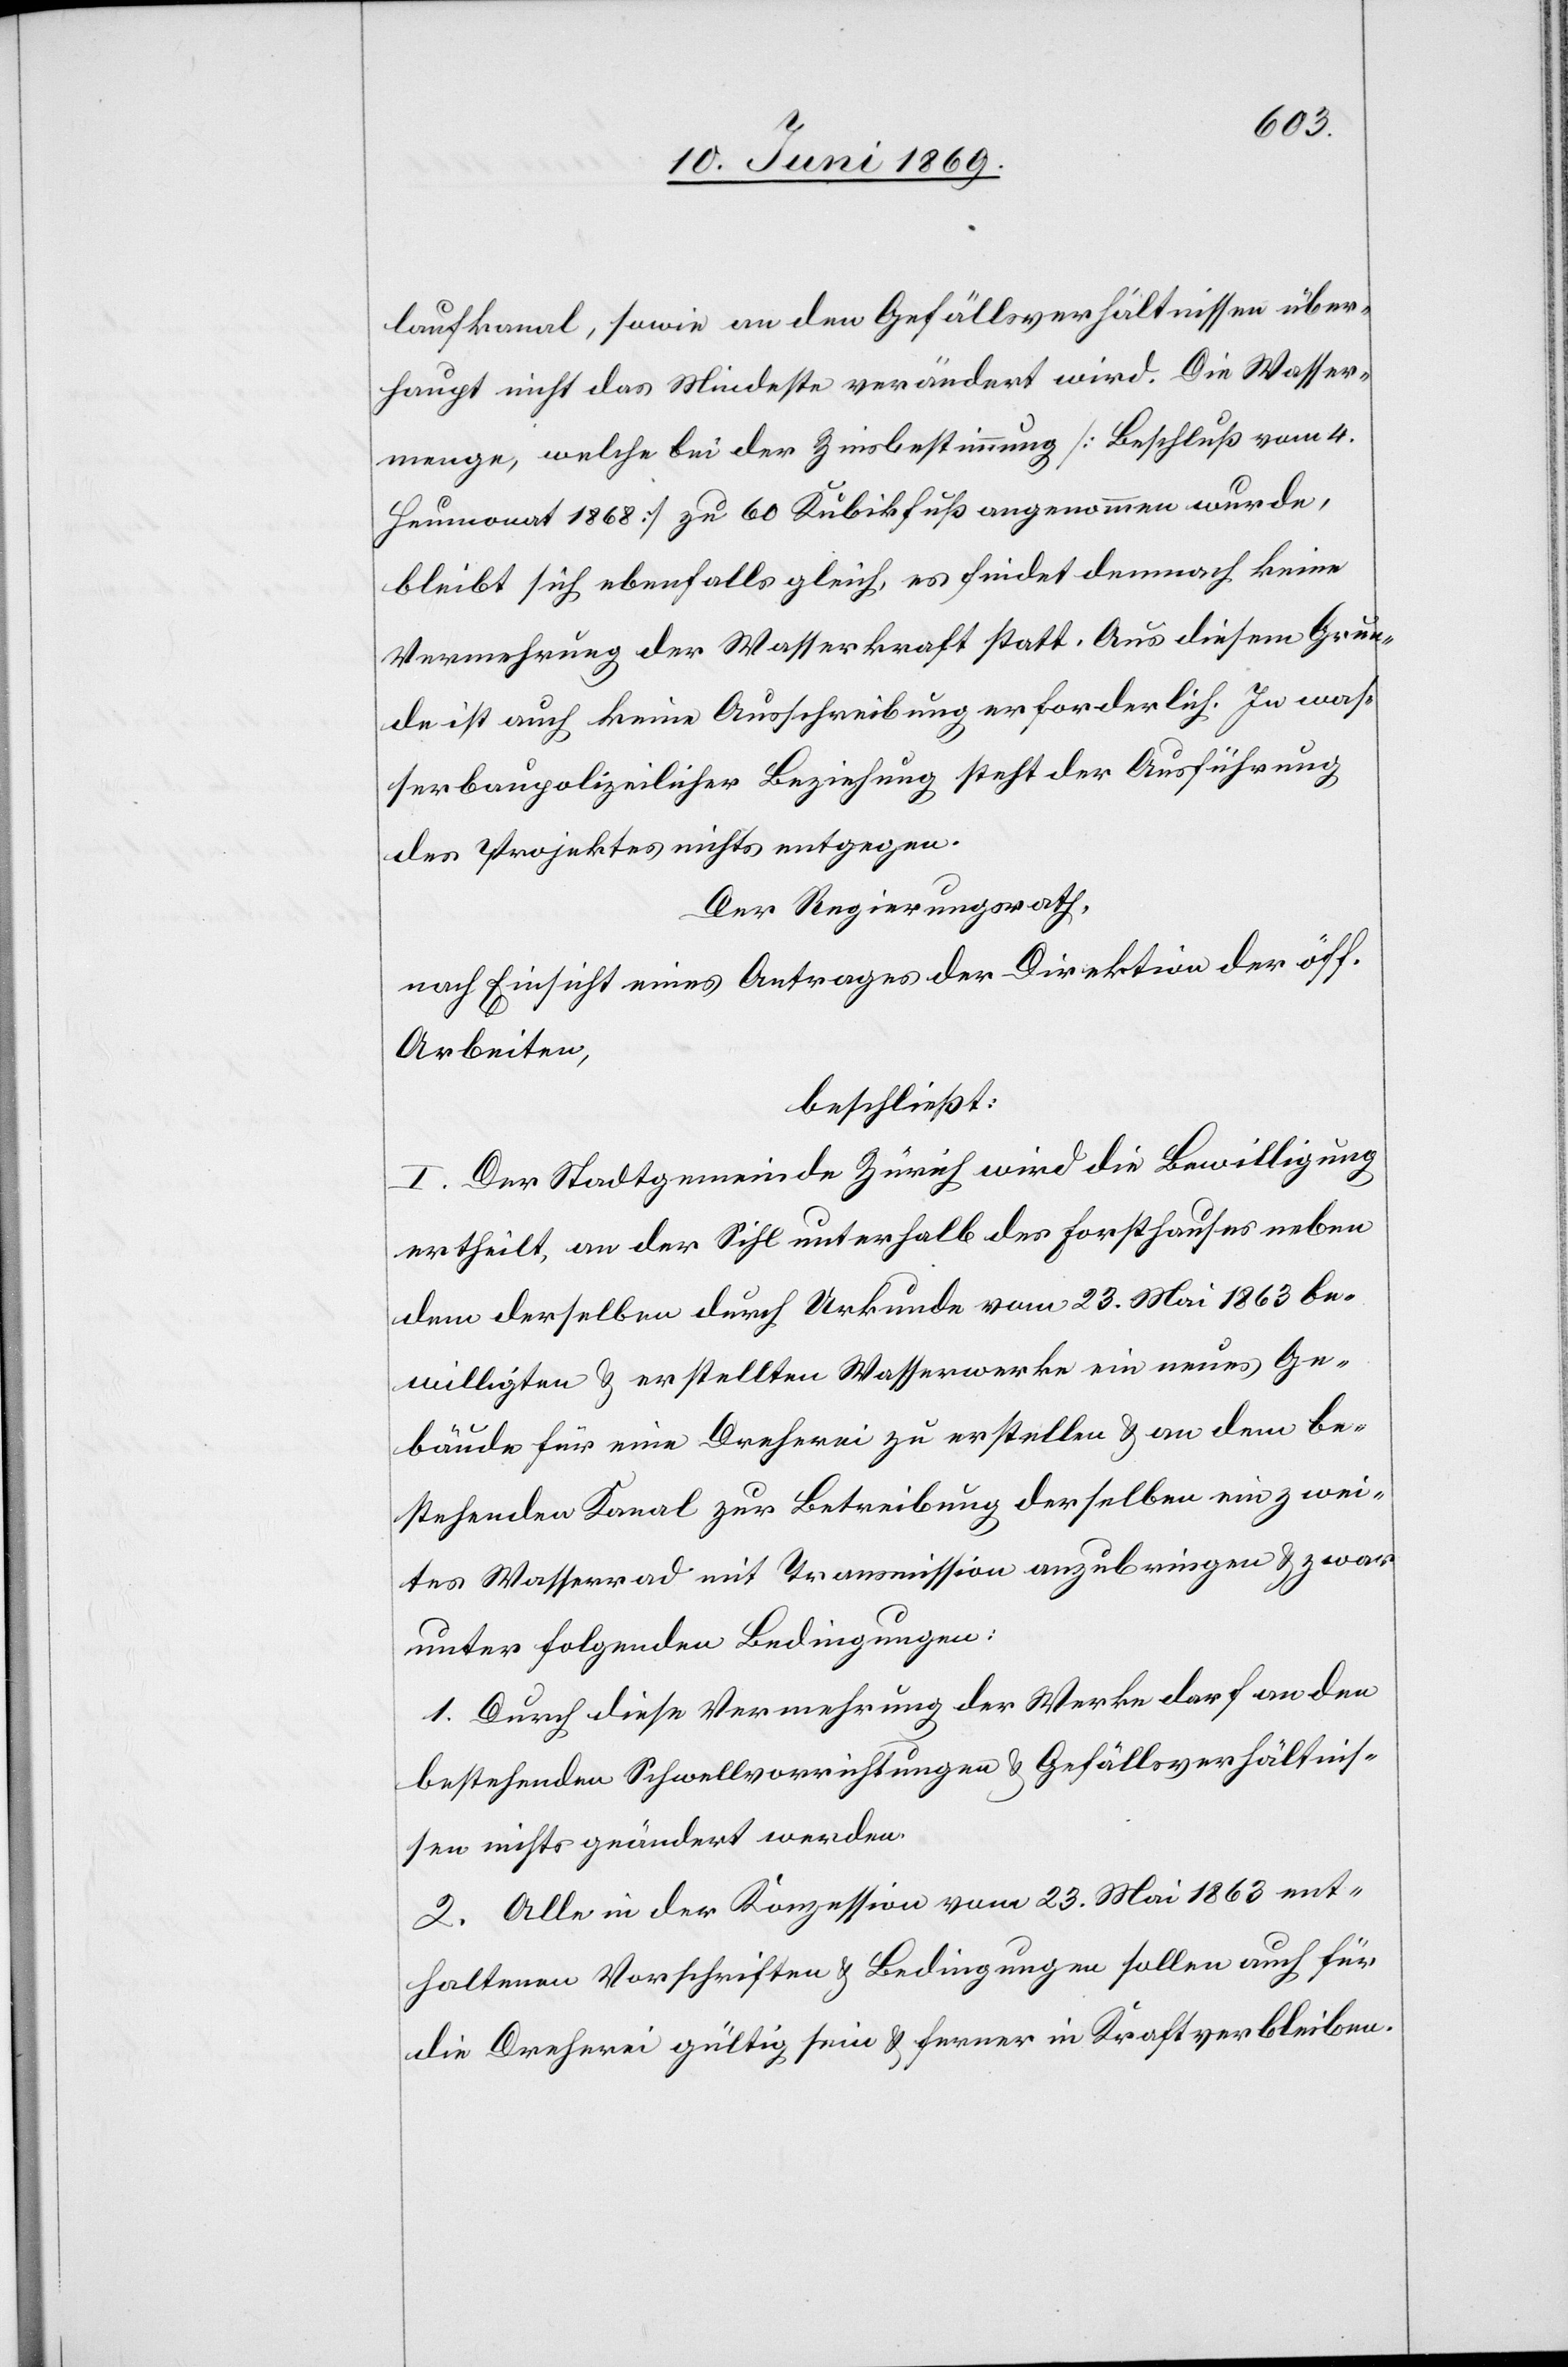
laufkanal, sowie an den Gefällsverhältnissen über¬
haupt nicht das Mindeste verändert wird. Die Wasser¬
menge, welche bei der Zinsbestimmung [Beschluß vom 4.
Heumonat 1868] zu 60 Kubikfuß angenommen werde,
bleibt sich ebenfalls gleich, es findet demnach keine
Vermehrung der Wasserkraft statt. Aus diesem Grun¬
de ist auch keine Ausschreibung erforderlich. In was¬
serbaupolizeilicher Beziehung steht der Ausführung
des Projektes nichts entgegen.
Der Regierungsrath,
nach Einsicht eines Antrages der Direktion der öff.
Arbeiten,
beschließt:
I. Der Stadtgemeinde Zürich wird die Bewilligung
ertheilt, an der Sihl unterhalb des Forsthauses neben
dem derselben durch Urkunde vom 23. Mai 1863 be¬
willigten u. erstellten Wasserwerke ein neues Ge¬
bäude für eine Dreherei zu erstellen u. an dem be¬
stehenden Kanal zur Betreibung derselben ein zwei¬
tes Wasserrad mit Transmission anzubringen u. zwar
unter folgenden Bedingungen:
1. Durch diese Vermehrung der Werke darf an den
bestehenden Schwellvorrichtungen u. Gefällsverhältnis¬
sen nichts geändert werden.
2. Alle in der Konzession vom 23. Mai 1863 ent¬
haltenen Vorschriften u. Bedingungen sollen auch für
die Dreherei gültig sein u. ferner in Kraft verbleiben.